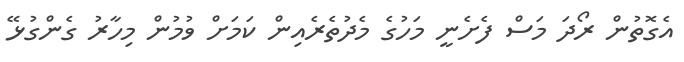
އެގޮތުން ރޯދަ މަސް ފެށެނީ މަހުގެ މެދުތެރެއިން ކަމަށް ވުމުން މިހާރު ގެންގުޅޭ